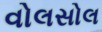
વોલસોલ